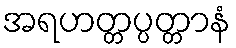
အရဟတ္တပ္ပတ္တာနံ